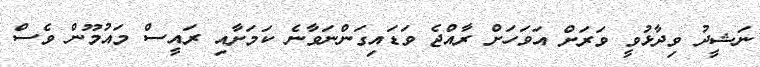
ނަޝީދު ވިދާޅުވީ ވަރަށް އަވަހަށް ރާއްޖެ ވަޑައިގަންނަވާނެ ކަމަށާއި ރައީސް މައުމޫން ވެސް